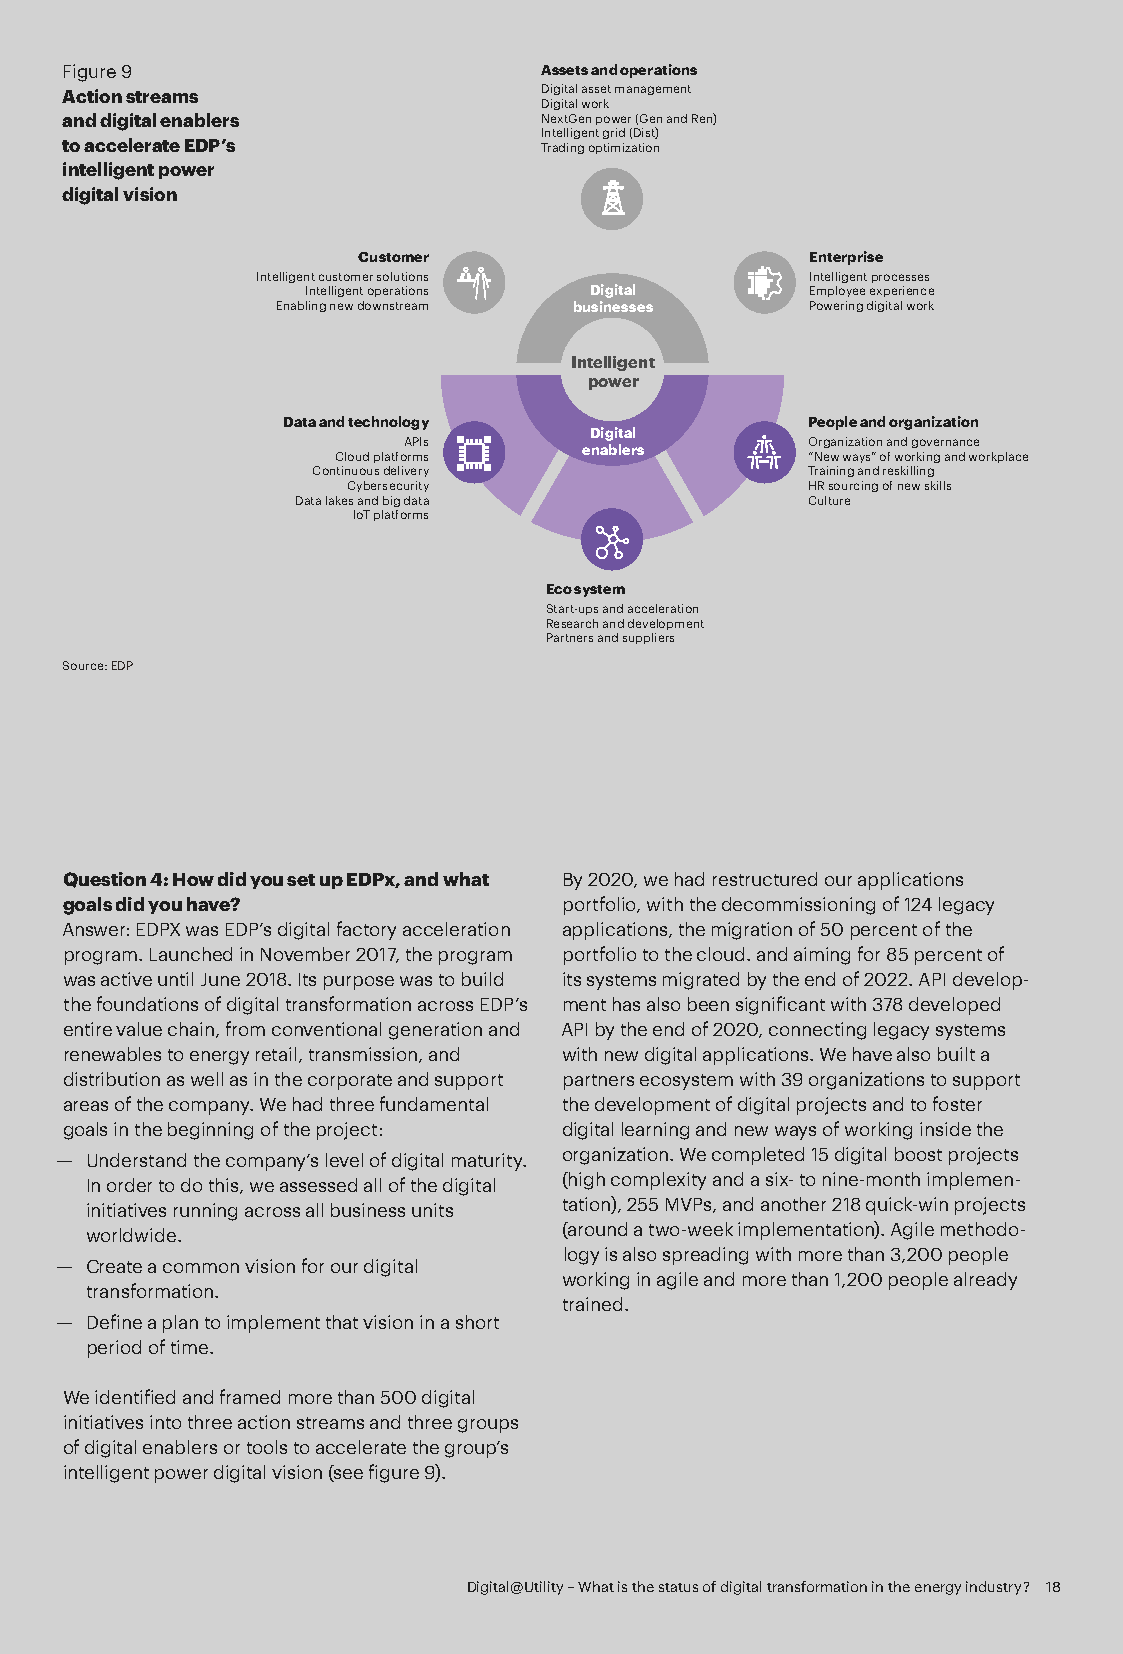
Figure 9                        Assets and operations
 Action streams                  Digital asset management
 Digital work
 and digital enablers            NextGen power (Gen and Ren)
 Intelligent grid (Dist)
 to accelerate EDP’s             Trading optimization
 intelligent power
 digital vision
 Customer                      Enterprise
 Intelligent customer solutions       Intelligent processes
 Intelligent operations Digital    Employee experience
 Enabling new downstream businesses  Powering digital work
 Intelligent
 power
 Data and technology               People and organization
 Digital
 APIs                      Organization and governance
 enablers
 Cloud platforms                “New ways” of working and workplace
 Continuous delivery             Training and reskilling
 Cybersecurity                 HR sourcing of new skills
 Data lakes and big data          Culture
 IoT platforms
 Eco system
 Start-ups and acceleration
 Research and development
 Partners and suppliers
 Source: EDP
 Question 4: How did you set up EDPx, and what By 2020, we had restructured our applications
 goals did you have?              portfolio, with the decommissioning of 124 legacy
 Answer: EDPX was EDP’s digital factory acceleration applications, the migration of 50 percent of the
 program. Launched in November 2017, the program portfolio to the cloud. and aiming for 85 percent of
 was active until June 2018. Its purpose was to build its systems migrated by the end of 2022. API develop-
 the foundations of digital transformation across EDP’s ment has also been significant with 378 developed
 entire value chain, from conventional generation and API by the end of 2020, connecting legacy systems
 renewables to energy retail, transmission, and with new digital applications. We have also built a
 distribution as well as in the corporate and support partners ecosystem with 39 organizations to support
 areas of the company. We had three fundamental the development of digital projects and to foster
 goals in the beginning of the project: digital learning and new ways of working inside the
 — Understand the company’s level of digital maturity. organization. We completed 15 digital boost projects
 In order to do this, we assessed all of the digital (high complexity and a six- to nine-month implemen-
 initiatives running across all business units tation), 255 MVPs, and another 218 quick-win projects
 worldwide.                     (around a two-week implementation). Agile methodo-
 logy is also spreading with more than 3,200 people
 — Create a common vision for our digital
 working in agile and more than 1,200 people already
 transformation.
 trained.
 — Define a plan to implement that vision in a short
 period of time.
 We identified and framed more than 500 digital
 initiatives into three action streams and three groups
 of digital enablers or tools to accelerate the group’s
 intelligent power digital vision (see figure 9).
 Digital@Utility – What is the status of digital transformation in the energy industry? 18